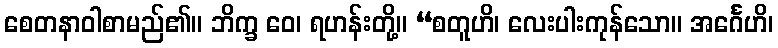
စေတနာဝါစာမည်၏။ ဘိက္ခ ဝေ၊ ရဟန်းတို့။ “စတူဟိ၊ လေးပါးကုန်သော။ အင်္ဂေဟိ၊